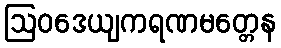
ဩဝဒေယျကရဏမတ္တေန